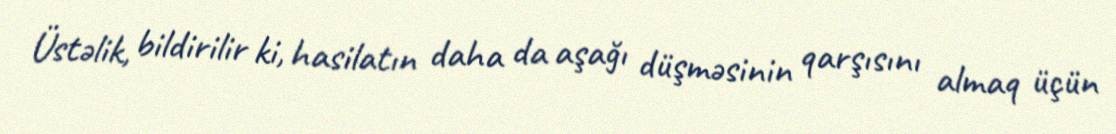
Üstəlik, bildirilir ki, hasilatın daha da aşağı düşməsinin qarşısını almaq üçün